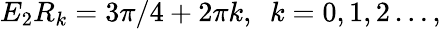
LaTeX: E_{2}R_{k}=3\pi/4+2\pi k,~~k=0,1,2\ldots,